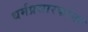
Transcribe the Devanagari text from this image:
धर्मप्रसारकांना